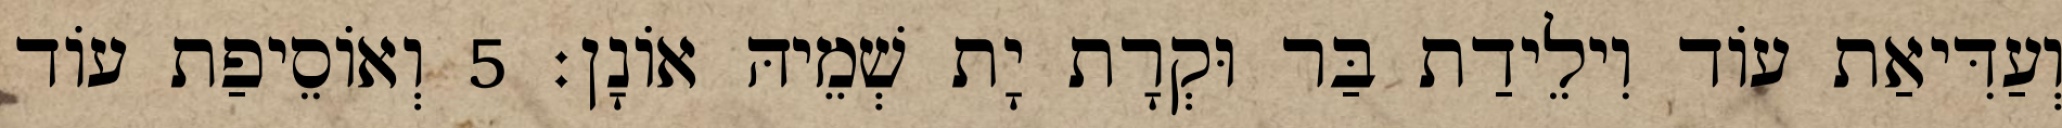
וְעַדִּיאַת עוֹד וִילֵידַת בַּר וּקְרָת יָת שְׁמֵיהּ אוֹנָן׃ 5 וְאוֹסֵיפַת עוֹד